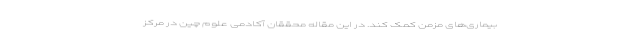
بیماری‌های مزمن کمک کند. در این مقاله محققان آکادمی علوم چین در مرکز